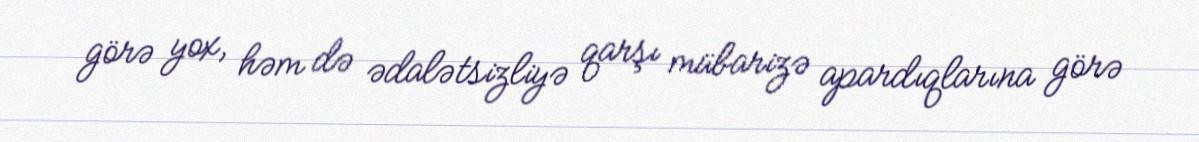
görə yox, həm də ədalətsizliyə qarşı mübarizə apardıqlarına görə